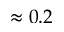
\approx 0 . 2